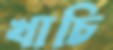
খাচি